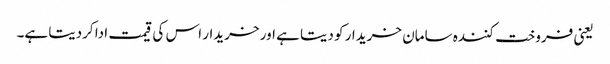
یعنی فروخت کنندہ سامان خریدار کو دیتا ہے اور خریدار اس کی قیمت ادا کردیتا ہے۔